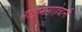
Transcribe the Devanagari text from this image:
हाईमसाहेबांनी